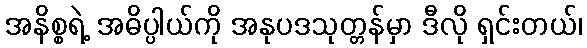
အနိစ္စရဲ့ အဓိပ္ပါယ်ကို အနုပဒသုတ္တန်မှာ ဒီလို ရှင်းတယ်၊